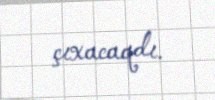
çıxacaqdı.